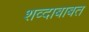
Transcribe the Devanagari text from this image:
शव्दाबाबत